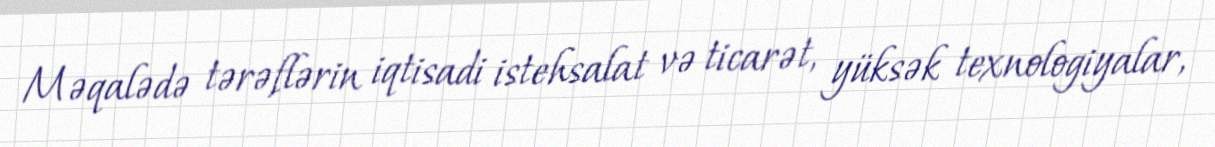
Məqalədə tərəflərin iqtisadi istehsalat və ticarət, yüksək texnologiyalar,